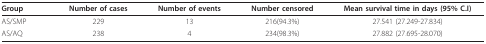
| Group | Number of cases | Number of events | Number censored | Mean survival time in days (95% C.I) |
 | --- | --- | --- | --- | --- |
 | AS/SMP | 229 | 13 | 216(94.3%) | 27.541 (27.249-27.834) |
 | AS/AQ | 238 | 4 | 234(98.3%) | 27.882 (27.695-28.070) |